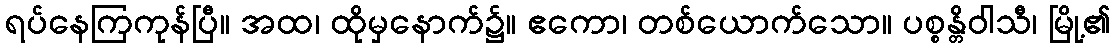
ရပ်နေကြကုန်ပြီ။ အထ၊ ထိုမှနောက်၌။ ဧကော၊ တစ်ယောက်သော။ ပစ္စန္တိဝါသီ၊ မြို့၏